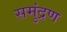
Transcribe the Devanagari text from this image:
समुंद्रण